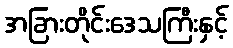
အခြားတိုင်းဒေသကြီးနှင့်